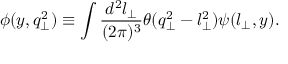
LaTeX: \phi ( y , q _ { \perp } ^ { 2 } ) \equiv \int { \frac { d ^ { 2 } l _ { \perp } } { ( 2 \pi ) ^ { 3 } } } \theta ( q _ { \perp } ^ { 2 } - l _ { \perp } ^ { 2 } ) \psi ( l _ { \perp } , y ) .